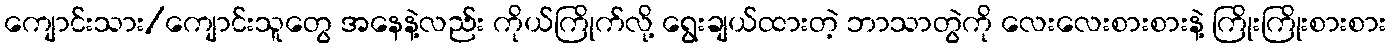
ကျောင်းသား/ကျောင်းသူတွေ အနေနဲ့လည်း ကိုယ်ကြိုက်လို့ ရွေးချယ်ထားတဲ့ ဘာသာတွဲကို လေးလေးစားစားနဲ့ ကြိုးကြိုးစားစား